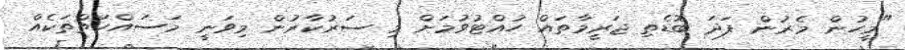
"މީހުން މެރުން ފަދަ ބޮޑެތި ޖަރީމާތައް ހުއްޓުވުމަށް މި ސަރުކާރުން މިވަނީ މަސައްކަތްތަކެއް